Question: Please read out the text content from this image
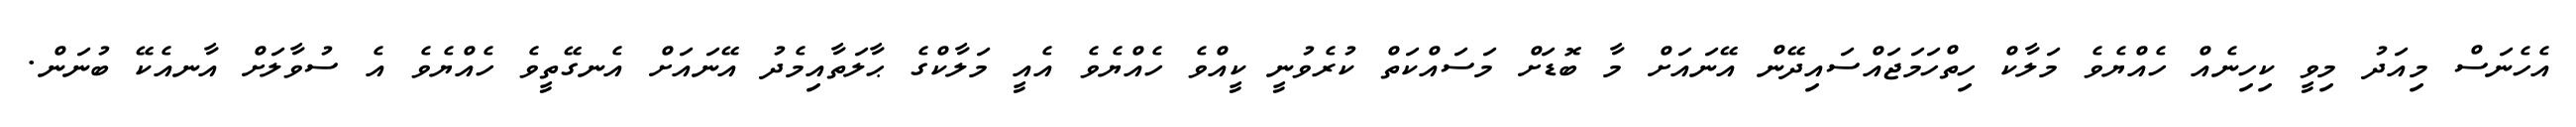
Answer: އެހެނަސް މިއަދު މިވީ ކިހިނެއް ހެއްޔެވެ މަލާކް ހިތްހަމަޖައްސައިދޭން އޭނައަށް މާ ބޮޑަށް މަސައްކަތް ކުރެވުނީ ކީއްވެ ހެއްޔެވެ އެއީ މަލާކްގެ ޙާލަތާއިމެދު އޭނައަށް އެނގޭތީވެ ހެއްޔެވެ އެ ސުވާލަށް އާނއެކޭ ބުނަން.